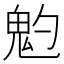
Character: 𩲃